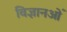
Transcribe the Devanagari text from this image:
विज्ञानओं